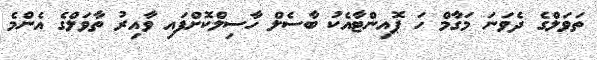
ތަވަލްގެ ދެވަނަ މަގާމް ހަ ޕޮއިންޓާއެކު ބާސެލް ހާސިލްކޮށްފައި ވާއިރު ތާވަލްގެ އެންމެ